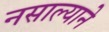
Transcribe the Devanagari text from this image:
नसाल्याने